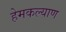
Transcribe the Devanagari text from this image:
हेमकल्याण